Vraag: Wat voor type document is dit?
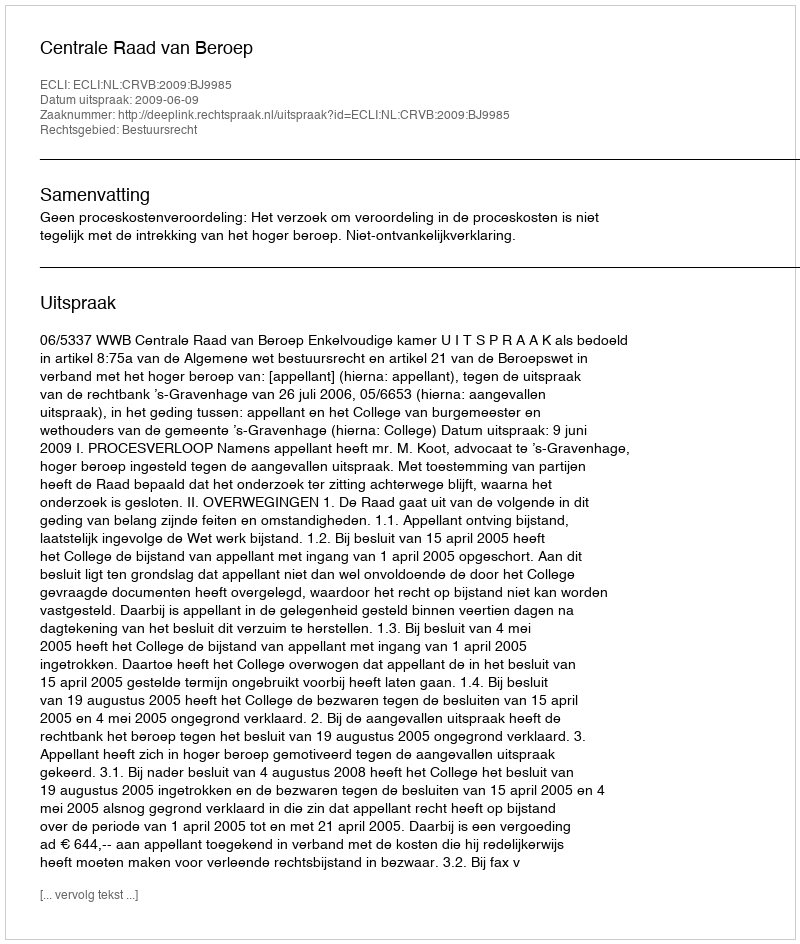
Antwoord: Uitspraak